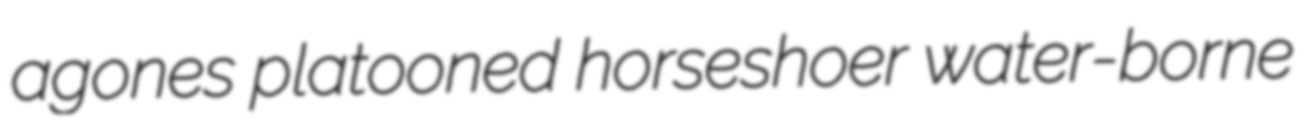
agones platooned horseshoer water-borne